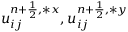
u _ { i j } ^ { { n + \frac { 1 } { 2 } } , \ast x } , u _ { i j } ^ { { n + \frac { 1 } { 2 } } , \ast y }